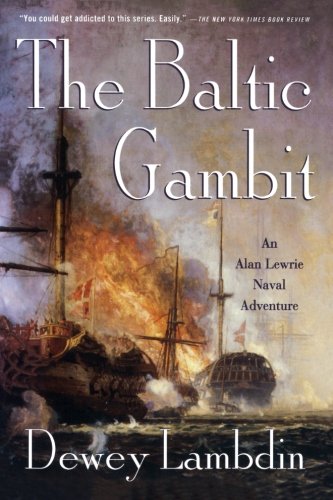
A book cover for The Baltic Gambit: An Alan Lewrie Naval Adventure (Alan Lewrie Naval Adventures); Dewey Lambdin; Literature & Fiction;